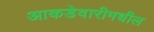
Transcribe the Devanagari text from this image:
आकडेवारीमधील